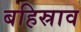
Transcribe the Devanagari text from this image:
बहिस्राव